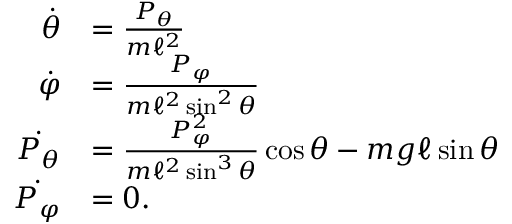
{ \begin{array} { r l } { { \dot { \theta } } } & { = { \frac { P _ { \theta } } { m \ell ^ { 2 } } } } \\ { { \dot { \varphi } } } & { = { \frac { P _ { \varphi } } { m \ell ^ { 2 } \sin ^ { 2 } \theta } } } \\ { { \dot { P _ { \theta } } } } & { = { \frac { P _ { \varphi } ^ { 2 } } { m \ell ^ { 2 } \sin ^ { 3 } \theta } } \cos \theta - m g \ell \sin \theta } \\ { { \dot { P _ { \varphi } } } } & { = 0 . } \end{array} }